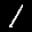
Label: 1